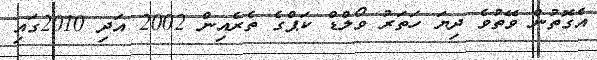
އެގޮތުން ވޭތުވެ ދިޔަ ހަތަރު ވޯލްޑް ކަޕްގެ ތެރެއިން 2002 އަދި 2010ގައި